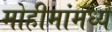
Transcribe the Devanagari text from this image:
मोहीमांमध्ये